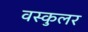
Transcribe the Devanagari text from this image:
वस्कुलर